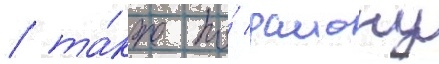
/ та́кже по́ раиону